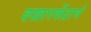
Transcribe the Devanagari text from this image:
वखारकेंद्राचे